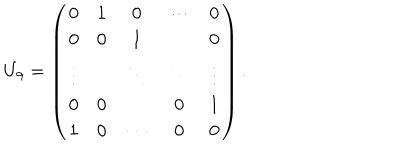
U _ { 9 } = \left( \begin{matrix} { { 0 } } & { { 1 } } & { { 0 } } & { { \cdots } } & { { 0 } } \\ { { 0 } } & { { 0 } } & { { 1 } } & { { } } & { { 0 } } \\ { { \vdots } } & { { } } & { { \ddots } } & { { \ddots } } & { { \vdots } } \\ { { 0 } } & { { 0 } } & { { } } & { { 0 } } & { { 1 } } \\ { { 1 } } & { { 0 } } & { { \cdots } } & { { 0 } } & { { 0 } } \\ \end{matrix} \right) .